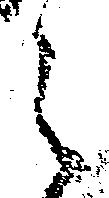
之